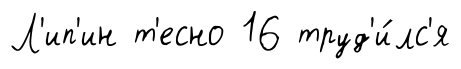
Л'ип'ин т'есно 16 труд'и́лс'я